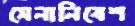
সেনানিবেশ